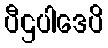
ပီဌပါဒေပိ